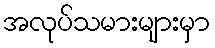
အလုပ်သမားများမှာ